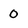
Character: 0